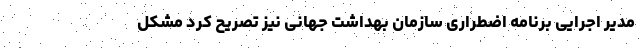
مدیر اجرایی برنامه اضطراری سازمان بهداشت جهانی نیز تصریح کرد مشکل